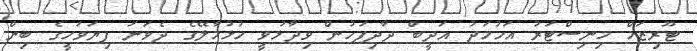
ޓޫރިޒަމް މިނިސްޓަރު އަހުމަދު އަދީބް ދާދިފަހުން ވިދާޅުވީ ހުޅުމާލޭގެ ދެވަނަ ފިޔަވަހީގެ ބިން